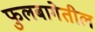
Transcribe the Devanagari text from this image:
फुलबागेतील